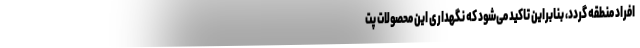
افراد منطقه گردد، بنابراین تاکید می‌شود که نگهداری این محصولات پت